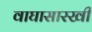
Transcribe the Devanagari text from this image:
वाघासारखी